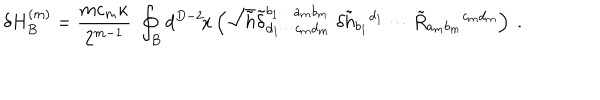
LaTeX: \delta H _ { B } ^ { ( m ) } = \frac { m c _ { m } \kappa } { 2 ^ { m - 1 } } \; \oint _ { B } d ^ { D - 2 } \! x \left( \sqrt { \tilde { h } } \tilde { \delta } _ { d _ { 1 } \cdots c _ { m } d _ { m } } ^ { b _ { 1 } \cdots a _ { m } b _ { m } } \; \delta \tilde { h } _ { b _ { 1 } } { } ^ { d _ { 1 } } \cdots \tilde { R } _ { a _ { m } b _ { m } } { } ^ { c _ { m } d _ { m } } \right) \ .